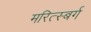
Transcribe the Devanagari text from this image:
मरित्स्बर्ग